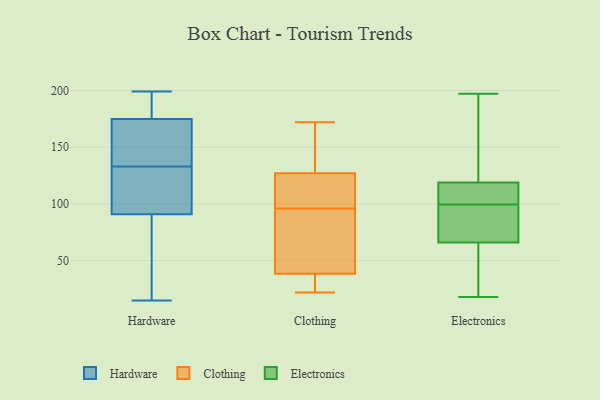
{"axis": {"x": "Demand Index", "y": "Value"}, "legend": ["Clothing", "Electronics", "Hardware"], "data": [{"x": "", "y": 145, "type": "Hardware"}, {"x": "", "y": 15, "type": "Hardware"}, {"x": "", "y": 180, "type": "Hardware"}, {"x": "", "y": 171, "type": "Hardware"}, {"x": "", "y": 199, "type": "Hardware"}, {"x": "", "y": 109, "type": "Hardware"}, {"x": "", "y": 21, "type": "Hardware"}, {"x": "", "y": 85, "type": "Hardware"}, {"x": "", "y": 133, "type": "Hardware"}, {"x": "", "y": 176, "type": "Hardware"}, {"x": "", "y": 127, "type": "Hardware"}, {"x": "", "y": 172, "type": "Clothing"}, {"x": "", "y": 31, "type": "Clothing"}, {"x": "", "y": 65, "type": "Clothing"}, {"x": "", "y": 92, "type": "Clothing"}, {"x": "", "y": 46, "type": "Clothing"}, {"x": "", "y": 109, "type": "Clothing"}, {"x": "", "y": 134, "type": "Clothing"}, {"x": "", "y": 115, "type": "Clothing"}, {"x": "", "y": 120, "type": "Clothing"}, {"x": "", "y": 135, "type": "Clothing"}, {"x": "", "y": 100, "type": "Clothing"}, {"x": "", "y": 31, "type": "Clothing"}, {"x": "", "y": 85, "type": "Clothing"}, {"x": "", "y": 24, "type": "Clothing"}, {"x": "", "y": 134, "type": "Clothing"}, {"x": "", "y": 22, "type": "Clothing"}, {"x": "", "y": 18, "type": "Electronics"}, {"x": "", "y": 165, "type": "Electronics"}, {"x": "", "y": 119, "type": "Electronics"}, {"x": "", "y": 119, "type": "Electronics"}, {"x": "", "y": 119, "type": "Electronics"}, {"x": "", "y": 197, "type": "Electronics"}, {"x": "", "y": 51, "type": "Electronics"}, {"x": "", "y": 102, "type": "Electronics"}, {"x": "", "y": 78, "type": "Electronics"}, {"x": "", "y": 97, "type": "Electronics"}, {"x": "", "y": 34, "type": "Electronics"}, {"x": "", "y": 66, "type": "Electronics"}, {"x": "", "y": 143, "type": "Electronics"}, {"x": "", "y": 81, "type": "Electronics"}, {"x": "", "y": 76, "type": "Electronics"}, {"x": "", "y": 40, "type": "Electronics"}, {"x": "", "y": 102, "type": "Electronics"}, {"x": "", "y": 133, "type": "Electronics"}]}